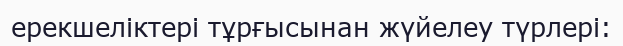
ерекшеліктері тұрғысынан жүйелеу түрлері: